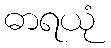
ဓာရယုံ